Report on the cultivation of protesoma, Labbé, in grey mosquitoes
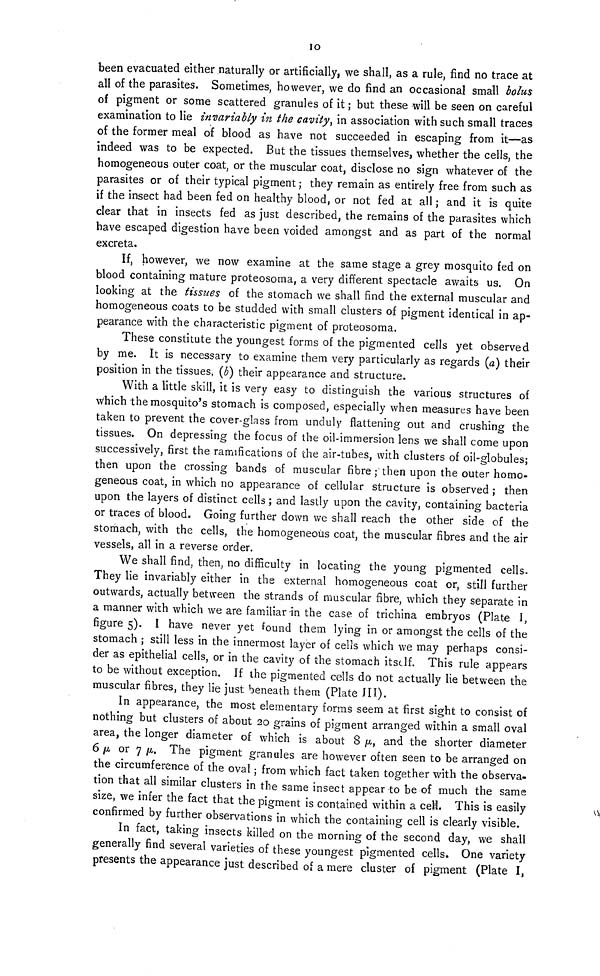
10
been evacuated either naturally or artificially, we shall, as a rule, find no trace at
all of the parasites. Sometimes, however, we do find an occasional small bolus
of pigment or some scattered granules of it ; but these will be seen on careful
examination to lie invariably in the cavity, in association with such small traces
of the former meal of blood as have not succeeded in escaping from it—as
indeed was to be expected. But the tissues themselves, whether the cells, the
homogeneous outer coat, or the muscular coat, disclose no sign whatever of the
parasites or of their typical pigment ; they remain as entirely free from such as
if the insect had been fed on healthy blood, or not fed at all ; and it is quite
clear that in insects fed as just described, the remains of the parasites which
have escaped digestion have been voided amongst and as part of the normal
excreta.
If, however, we now examine at the same stage a grey mosquito fed on
blood containing mature proteosoma, a very different spectacle awaits us. On
looking: at the tissues of the stomach we shall find the external muscular and
homogeneous coats to be studded with small clusters of pigment identical in ap-
pearance with the characteristic pigment of proteosoma,
These constitute the youngest forms of the pigmented cells yet observed
by me. It is necessary to examine them very particularly as regards (a) their
position in the tissues, (b) their appearance and structure.
With a little skill, it is very easy to distinguish the various structures of
Which the mosquito's stomach is composed, especially when measures have been
taken to prevent the cover-glass from unduly flattening out and crushing the
tissues. On depressing the focus of the oil-immersion lens we shall come upon
successively, first the ramifications of the air-tubes, with clusters of oil-globules;
then upon the crossing bands of muscular fibre ; then upon the outer homo-
geneous coat, in which no appearance of cellular structure is observed ; then
upon the layers of distinct cells ; and lastly upon the cavity, containing bacteria
or traces of blood. Going further down we shall reach the other side of the
stomach, with the cells, the homogeneous coat, the muscular fibres and the air
vessels, all in a reverse order.
We shall find, then, no difficulty in locating the young pigmented cells-
They lie invariably either in the external homogeneous coat or, still further
outwards, actually between the strands of muscular fibre, which they separate in
a manner with which we are familiar-in the case of trichina embryos (Plate I,
figure 5). I have never yet found them lying in or amongst the cells of the
stomach ; still less in the innermost layer of cells which we may perhaps consi-
der as epithelial cells, or in the cavity of the stomach itstlf. This rule appears
to be without exception. If the pigmented cells do not actually lie between the
muscular fibres, they lie just beneath them (Plate III).
In appearance, the most elementary forms seem at first sight to consist of
nothing but clusters of about 20 grains of pigment arranged within a small oval
area, the longer diameter of which is about 8 μ, and the shorter diameter
6 μ or 7 μ. The pigment granules are however often seen to be arranged on
the circumference of the oval ; from which fact taken together with the observa-
tion that all similar clusters in the same insect appear to be of much the same
size, we infer the fact that the pigment is contained within a cell. This is easily
confirmed by further observations in which the containing cell is clearly visible.
In fact, taking insects killed on the morning of the second day, we shall
generally find several varieties of these youngest pigmented cells. One variety
presents the appearance just described of a mere cluster of pigment (Plate I,